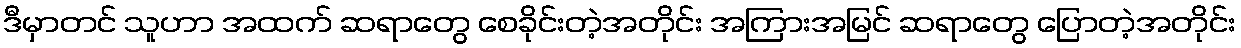
ဒီမှာတင် သူဟာ အထက် ဆရာတွေ စေခိုင်းတဲ့အတိုင်း အကြားအမြင် ဆရာတွေ ပြောတဲ့အတိုင်း